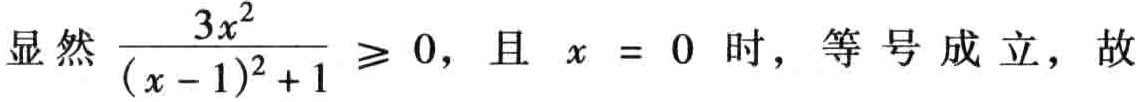
显然 $\frac{3x^{2}}{(x - 1)^{2}+1} \geqslant 0$，且 $x = 0$ 时，等号成立，故